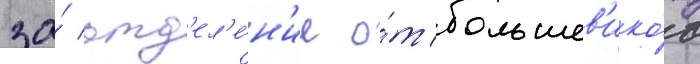
за́ отд'ел'е́н'ие о́т большев'ико́в